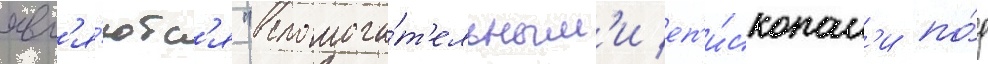
явл'я́ютс'я "вспомога́т'ельным'и еп'и́скопам'и по́д